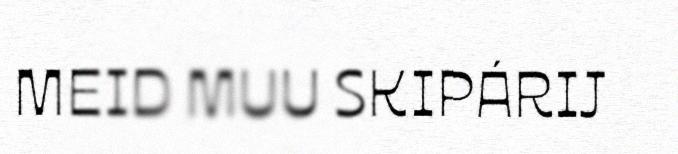
MEID MUU SKIPÁRIJ